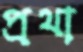
প্রথা